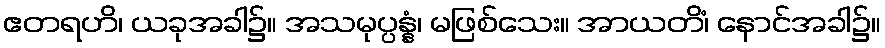
ဧတရဟိ၊ ယခုအခါ၌။ အသမုပ္ပန္နံ၊ မဖြစ်သေး။ အာယတိံ၊ နောင်အခါ၌။